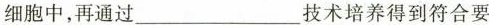
细胞中，再通过___技术培养得到符合要